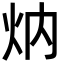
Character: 㶧